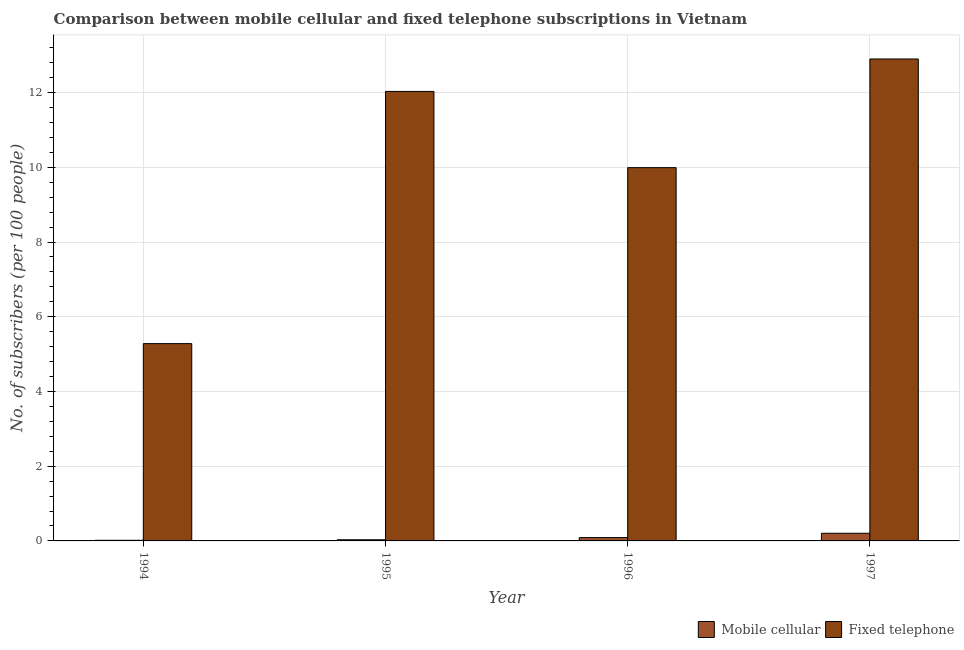
| Year | Mobile cellular | Fixed telephone |
 | --- | --- | --- |
 | 1994 | 0.0167 | 5.28 |
 | 1995 | 0.0309 | 12 |
 | 1996 | 0.0893 | 9.99 |
 | 1997 | 0.205 | 12.9 |